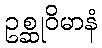
ဥစ္ဆုဝိမာနံ